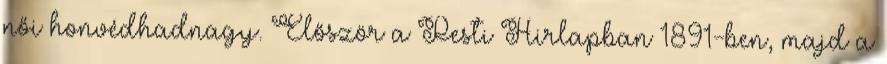
női honvédhadnagy. Először a Pesti Hirlapban 1891-ben, majd a